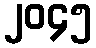
၂၀၄၅